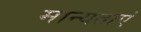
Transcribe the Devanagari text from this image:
मान्‍यताएं